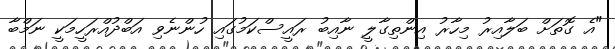
"އެ ގޮތަށް ބަލާއިރު މިހާރު އިންތިގާލީ ނާއިބު ރައީސްކަމުގައި ހުންނެވި އަބްދުއްރަހީމަކީ ނަމްބާ